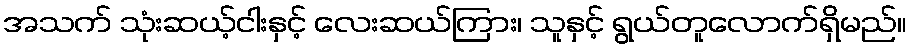
အသက် သုံးဆယ့်ငါးနှင့် လေးဆယ်ကြား၊ သူနှင့် ရွယ်တူလောက်ရှိမည်။